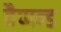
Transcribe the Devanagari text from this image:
हैप्पन्ड